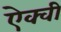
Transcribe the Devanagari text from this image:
ऐक्वी